Lunatic asylums Madras 1877-1891 - 1877-1891
Year: 1877
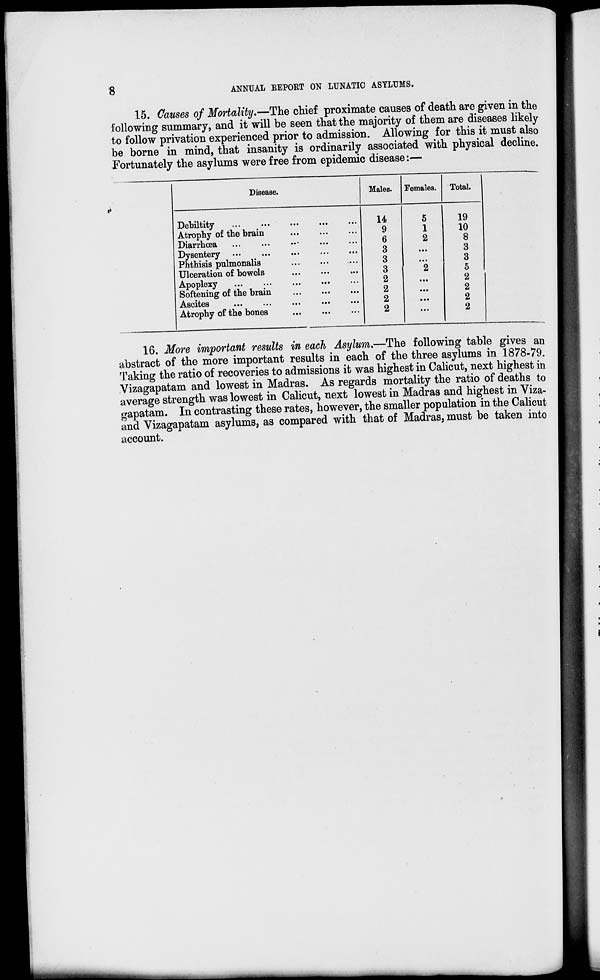
8
ANNUAL REPORT ON LUNATIC ASYLUMS.
15. Causes of Mortality.—The chief proximate causes of death are given in the
following summary, and it will be seen that the majority of them are diseases likely
to follow privation experienced prior to admission. Allowing for this it must also
be borne in mind, that insanity is ordinarily associated with physical decline.
Fortunately the asylums were free from epidemic disease:—
Disease.
Debiltity ... ... ... ... ...
Atrophy of the brain ... ... ...
Diarrhœa ... ... ... ... ...
Dysentery
...
...
...
...
...
Phthisis pulmonalis ... ... ...
Ulceration of bowels ... ... ...
Apoplexy
...
...
...
...
...
Softening of the brain ... ... ...
Ascites ... ... ... ... ...
Atrophy of the bones ... ... ...
Males.
14
9
6
3
3
3
2
2
2
2
Females.
5
1
2
...
...
2
...
...
...
...
Total.
19
10
8
3
3
5
2
2
2
2
16. More important results in each Asylum.—The following table gives an
abstract of the more important results in each of the three asylums in 1878-79.
Taking the ratio of recoveries to admissions it was highest in Calicut, next highest in
Vizagapatam and lowest in Madras. As regards mortality the ratio of deaths to
average strength was lowest in Calicut, next lowest in Madras and highest in Viza-
gapatam. In contrasting these rates, however, the smaller population in the Calicut
and Vizagapatam asylums, as compared with that of Madras, must be taken into
account.